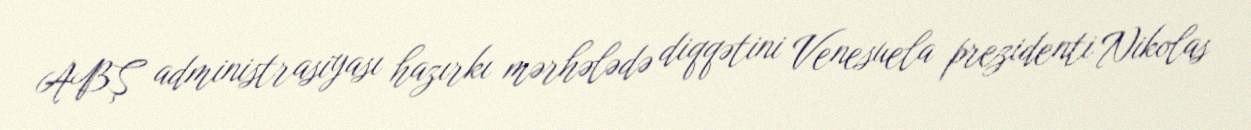
ABŞ administrasiyası hazırkı mərhələdə diqqətini Venesuela prezidenti Nikolas